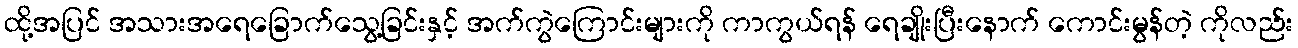
ထို့အပြင် အသားအရေခြောက်သွေ့ခြင်းနှင့် အက်ကွဲကြောင်းများကို ကာကွယ်ရန် ရေချိုးပြီးနောက် ကောင်းမွန်တဲ့ ကိုလည်း